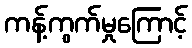
ကန့်ကွက်မှုကြောင့်